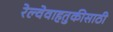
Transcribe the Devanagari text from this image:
रेल्वेवाहतुकीसाठी